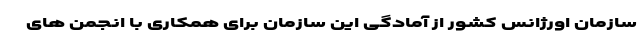
سازمان اورژانس کشور از آمادگی این سازمان برای همکاری با انجمن های